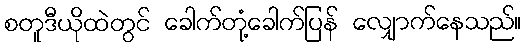
စတူဒီယိုထဲတွင် ခေါက်တုံ့ခေါက်ပြန် လျှောက်နေသည်။